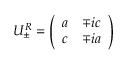
U _ { \pm } ^ { R } = \left( \begin{array} { c c } { { a } } & { { \mp i c } } \\ { { c } } & { { \mp i a } } \end{array} \right)